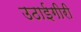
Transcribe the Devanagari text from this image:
उठाईगीरी